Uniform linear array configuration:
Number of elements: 16
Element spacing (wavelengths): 0.5
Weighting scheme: hamming
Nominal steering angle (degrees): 30
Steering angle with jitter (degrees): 29.568
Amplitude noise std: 0.05
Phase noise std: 0.05

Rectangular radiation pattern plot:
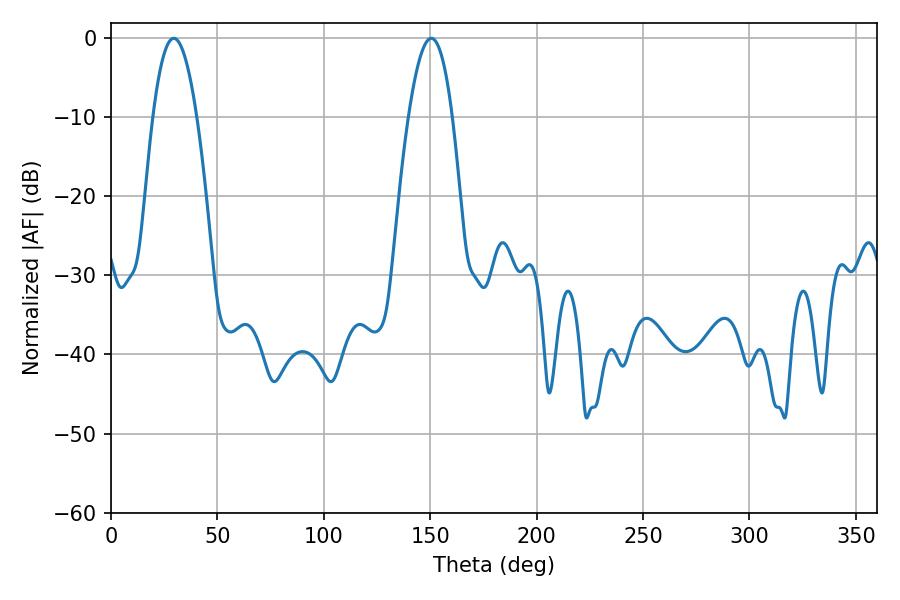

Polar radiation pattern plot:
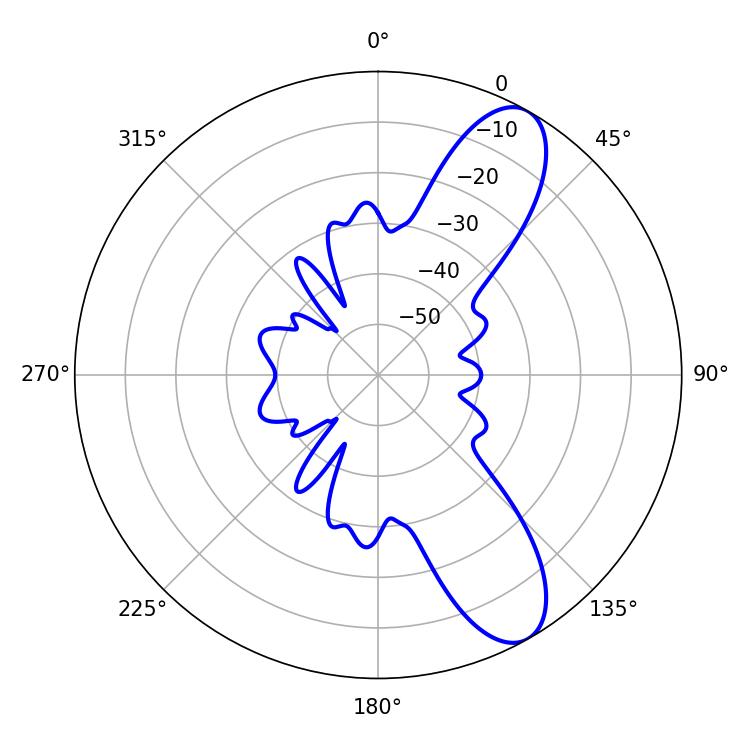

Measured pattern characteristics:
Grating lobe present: FALSE
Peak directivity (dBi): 9.786
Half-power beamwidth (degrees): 11.34
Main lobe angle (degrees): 29.52